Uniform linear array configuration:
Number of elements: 24
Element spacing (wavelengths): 1
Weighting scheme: uniform
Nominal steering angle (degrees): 30
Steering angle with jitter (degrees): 28.108
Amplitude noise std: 0.05
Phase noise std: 0.05

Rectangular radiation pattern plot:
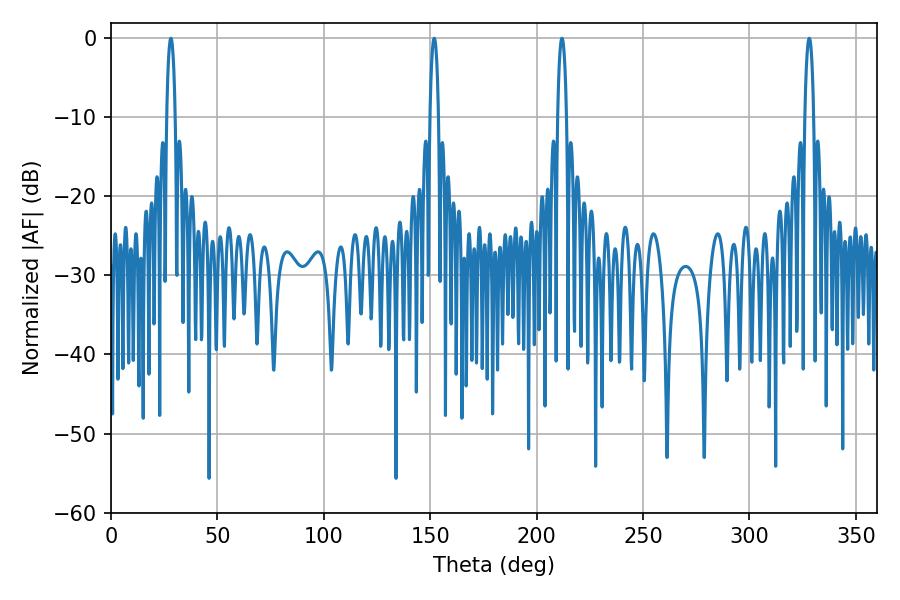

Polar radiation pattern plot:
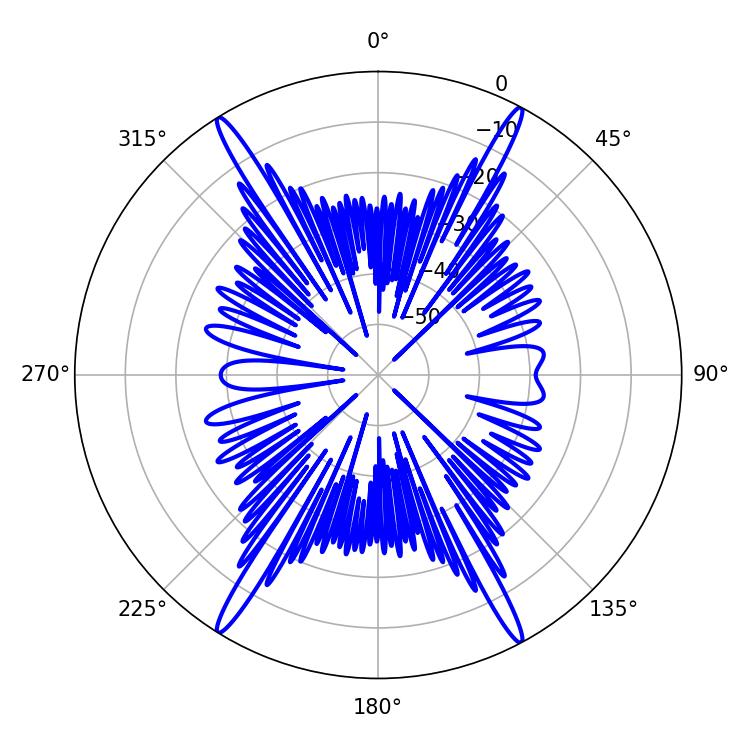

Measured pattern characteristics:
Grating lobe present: TRUE
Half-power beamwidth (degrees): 2.34
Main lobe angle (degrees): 328.14